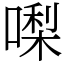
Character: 𠼝